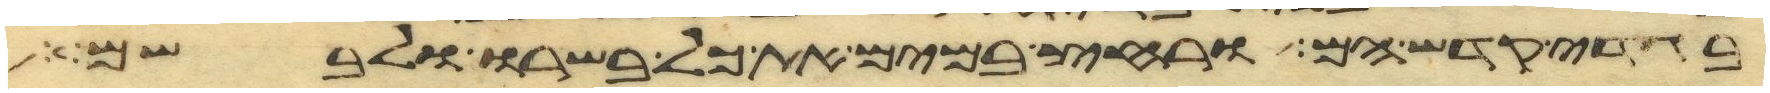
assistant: בגדי קדש הם ורחץ במים את כל בשרו ולבשם